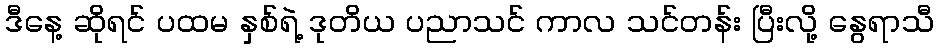
ဒီနေ့ ဆိုရင် ပထမ နှစ်ရဲ့ ဒုတိယ ပညာသင် ကာလ သင်တန်း ပြီးလို့ နွေရာသီ